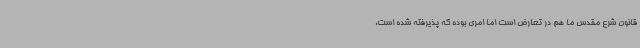
قانون شرع مقدس ما هم در تعارض است اما امری بوده که پذیرفته شده است.